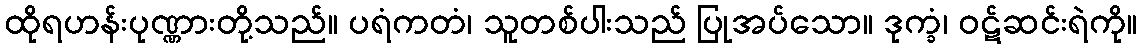
ထိုရဟန်းပုဏ္ဏားတို့သည်။ ပရံကတံ၊ သူတစ်ပါးသည် ပြုအပ်သော။ ဒုက္ခံ၊ ဝဋ်ဆင်းရဲကို။